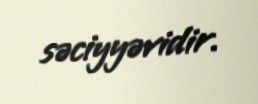
səciyyəvidir.